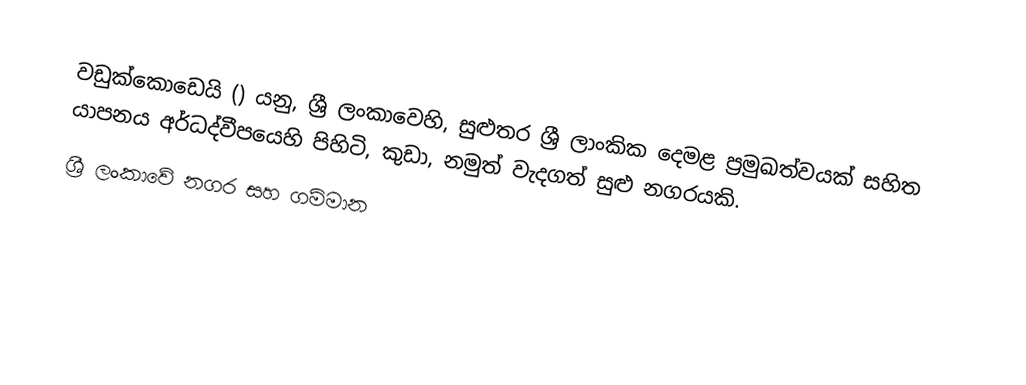
වඩුක්කොඩෙයි  () යනු,  ශ්‍රී ලංකාවෙහි, සුළුතර ශ්‍රී ලාංකික දෙමළ ප්‍රමුඛත්වයක් සහිත යාපනය අර්ධද්වීපයෙහි පිහිටි, කුඩා,  නමුත් වැදගත් සුළු නගරයකි.
ශ්‍රී ලංකාවේ නගර සහ ගම්මාන